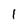
Character: 1